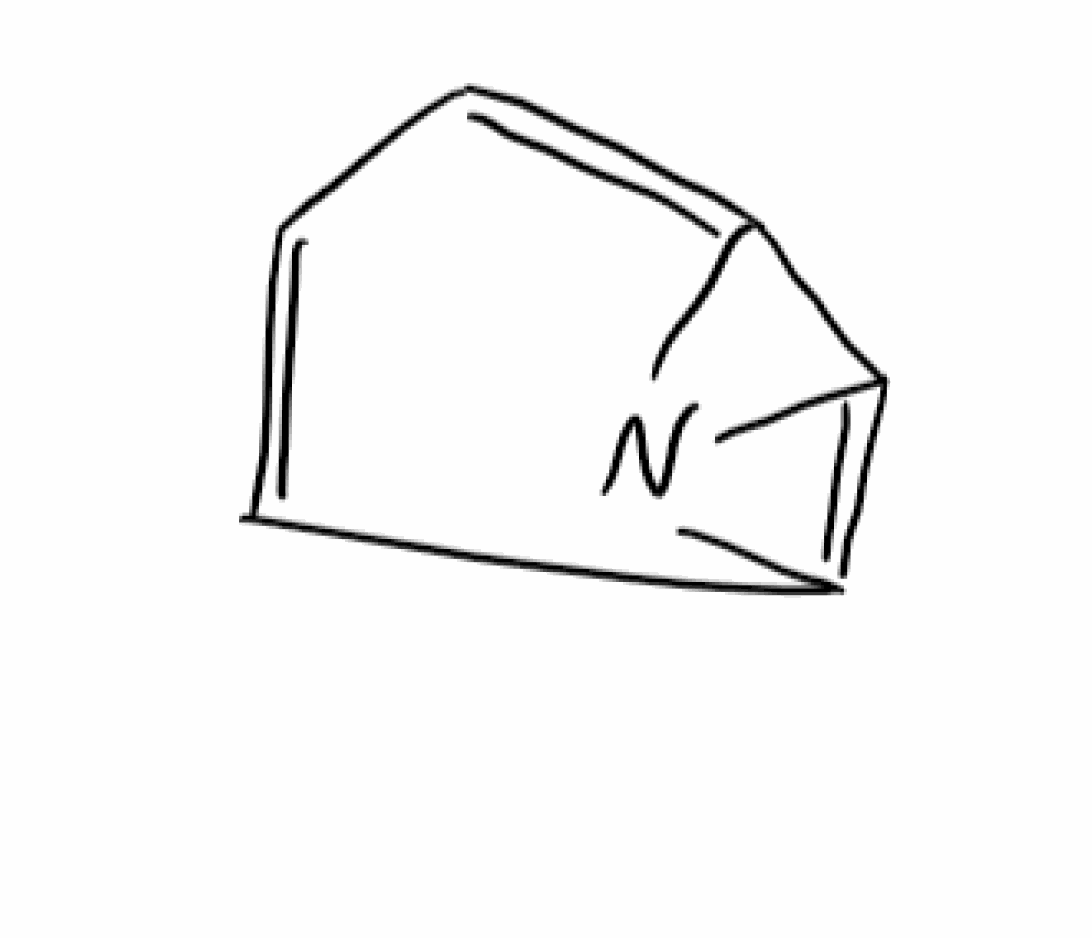
Simplified molecular-input line-entry system (SMILES) notation of the given molecule:
C1=CC2=C3N2C3=C1